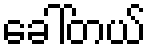
ခေါ်တယ်